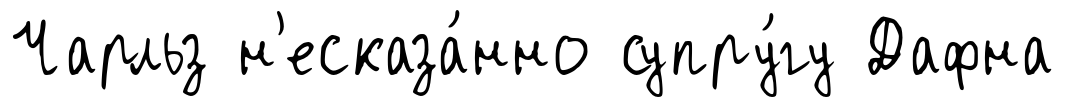
Чарльз н'есказа́нно супру́гу Дафна